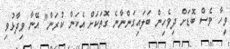
ވީހާ ވެސް ބޮޑަށް ދިވެހިން ބަލައިގަންނާނެ ގޮތަކަށް އެކަން ކުރަން" އޭނާ ވިދާޅުވި